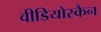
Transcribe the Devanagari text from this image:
वीडियोस्कैन